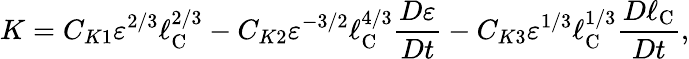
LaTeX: K=C_{K1}\varepsilon^{2/3}\ell_{\textrm{C}}^{2/3}-C_{K2}\varepsilon^{-3/2}\ell_{\textrm{C}}^{4/3}\frac{D\varepsilon}{Dt}-C_{K3}\varepsilon^{1/3}\ell_{\textrm{C}}^{1/3}\frac{D\ell_{\textrm{C}}}{Dt},